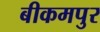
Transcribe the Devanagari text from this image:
बीकमपुर